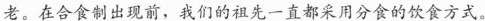
老。在合食制出现前，我们的祖先一直都采用分食的饮食方式。